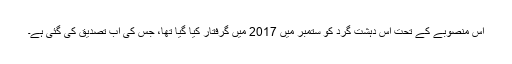
اس منصوبے کے تحت اس دہشت گرد کو ستمبر میں 2017 میں گرفتار کیا گیا تھا، جس کی اب تصدیق کی گئی ہے۔